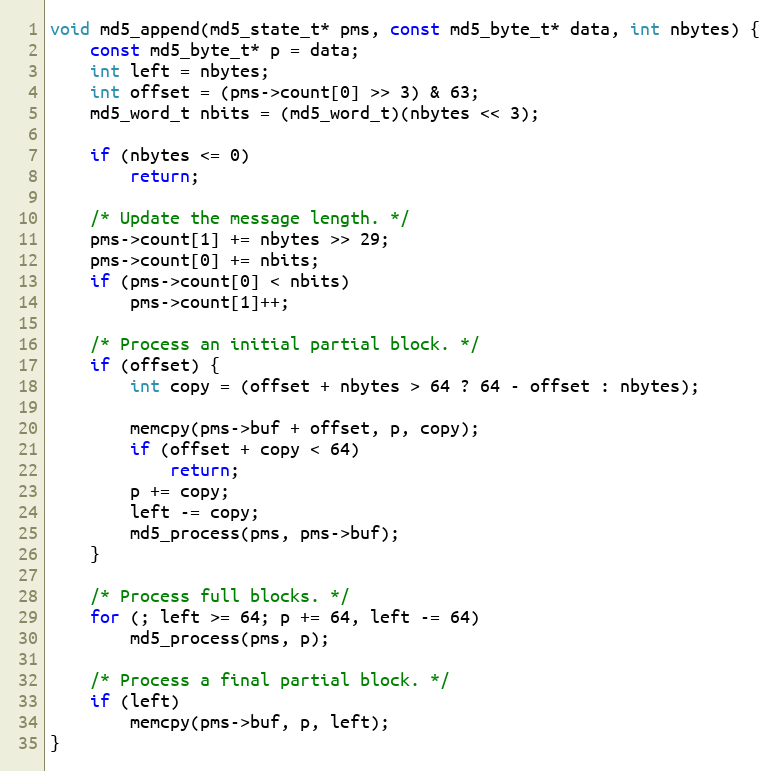
Language: C++
void md5_append(md5_state_t* pms, const md5_byte_t* data, int nbytes) {
    const md5_byte_t* p = data;
    int left = nbytes;
    int offset = (pms->count[0] >> 3) & 63;
    md5_word_t nbits = (md5_word_t)(nbytes << 3);

    if (nbytes <= 0)
        return;

    /* Update the message length. */
    pms->count[1] += nbytes >> 29;
    pms->count[0] += nbits;
    if (pms->count[0] < nbits)
        pms->count[1]++;

    /* Process an initial partial block. */
    if (offset) {
        int copy = (offset + nbytes > 64 ? 64 - offset : nbytes);

        memcpy(pms->buf + offset, p, copy);
        if (offset + copy < 64)
            return;
        p += copy;
        left -= copy;
        md5_process(pms, pms->buf);
    }

    /* Process full blocks. */
    for (; left >= 64; p += 64, left -= 64)
        md5_process(pms, p);

    /* Process a final partial block. */
    if (left)
        memcpy(pms->buf, p, left);
}